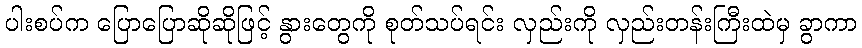
ပါးစပ်က ပြောပြောဆိုဆိုဖြင့် နွားတွေကို စုတ်သပ်ရင်း လှည်းကို လှည်းတန်းကြီးထဲမှ ခွာကာ